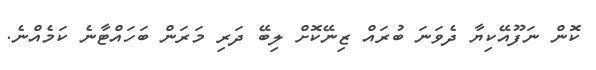
ކޮން ނަފޫއޭކިޔާ ދެވަނަ ބުރައް ޒިނޭކޮށް ލިބޭ ދަރި މަރަން ބަހައްޓާނެ ކަމެއްނެ.